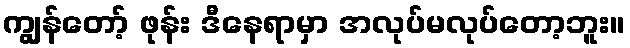
ကျွန်တော့် ဖုန်း ဒီနေရာမှာ အလုပ်မလုပ်တော့ဘူး။